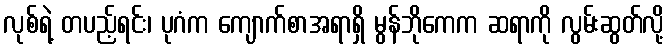
လုစ်ရဲ့ တပည့်ရင်း၊ ပုဂံက ကျောက်စာအရာရှိ မွန်ဘိုကေက ဆရာကို လွမ်းဆွတ်လို့